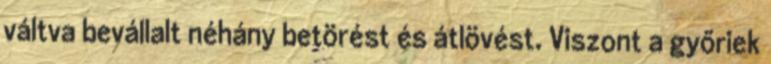
váltva bevállalt néhány betörést és átlövést. Viszont a győriek